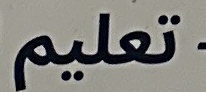
تعلیم